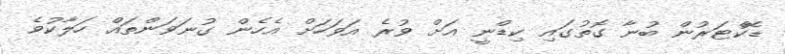
ޑޮކްޓަރުން ބުނާ ގޮތުގައި ކިޑްނީ އަށް ވުރެ އަވަހަށް އެހެން ގުނަވަންތައް ހަލާކުވެ